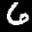
Label: 6